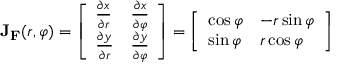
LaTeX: \mathbf { J } _ { \mathbf { F } } ( r , \varphi ) = { \left[ \begin{array} { l l } { { \frac { \partial x } { \partial r } } } & { { \frac { \partial x } { \partial \varphi } } } \\ { { \frac { \partial y } { \partial r } } } & { { \frac { \partial y } { \partial \varphi } } } \end{array} \right] } = { \left[ \begin{array} { l l } { \cos \varphi } & { - r \sin \varphi } \\ { \sin \varphi } & { r \cos \varphi } \end{array} \right] }